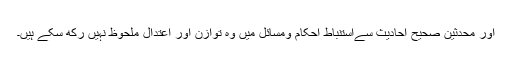
اور محدثین صحیح احادیث سےاستنباطِ احکام ومسائل میں وہ توازن اور اعتدال ملحوظ نہیں رکھ سکے ہیں۔